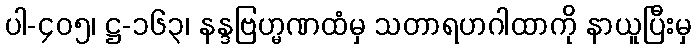
ပါ-၄၀၅၊ ဋ္ဌ-၁၆၃၊ နန္ဒဗြဟ္မဏထံမှ သတာရဟဂါထာကို နာယူပြီးမှ